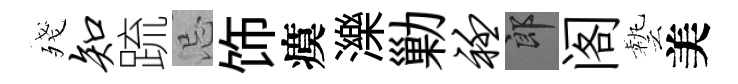
殘知䟽忌饰瘼濼勦衽郎阁藝美